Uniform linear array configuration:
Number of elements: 16
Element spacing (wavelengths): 0.75
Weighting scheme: hamming
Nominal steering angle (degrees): -45
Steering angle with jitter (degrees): -45.474
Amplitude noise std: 0.05
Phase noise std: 0.05

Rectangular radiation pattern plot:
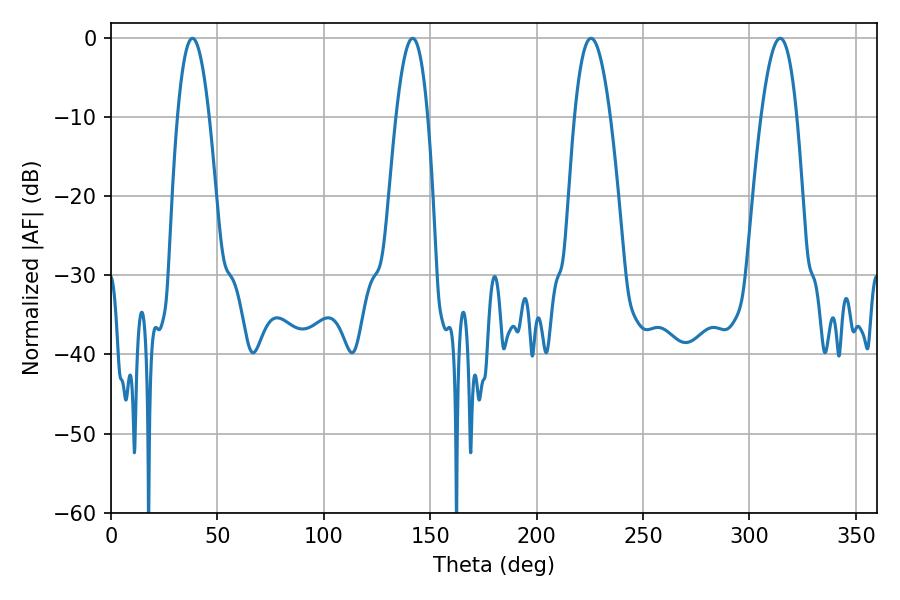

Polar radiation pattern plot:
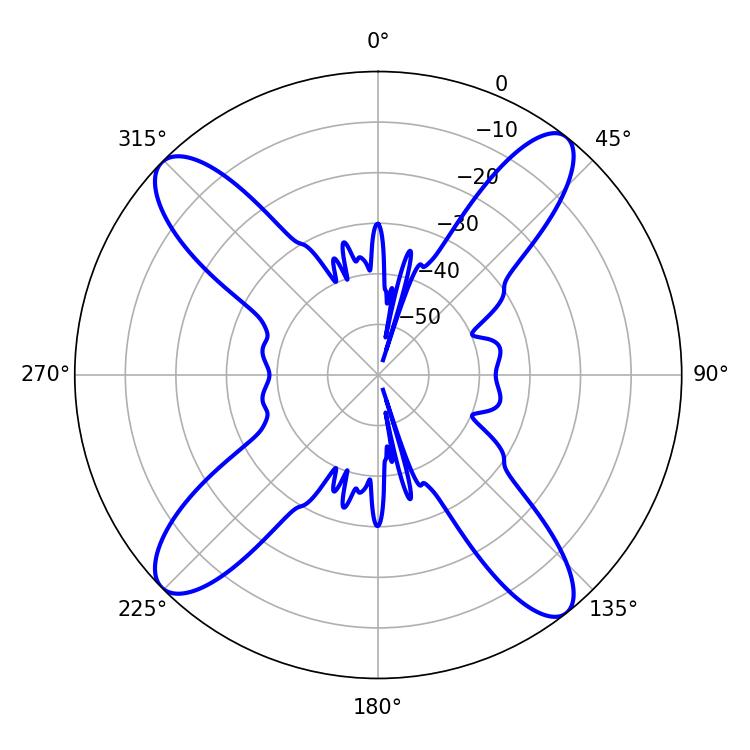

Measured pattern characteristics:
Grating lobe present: TRUE
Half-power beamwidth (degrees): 9.18
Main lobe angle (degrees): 225.54